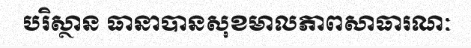
បរិស្ថាន ធានាបានសុខមាលភាពសាធារណៈ